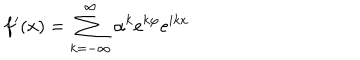
f ^ { \prime } ( x ) = \sum _ { k = - \infty } ^ { \infty } \alpha ^ { k } e ^ { k \varphi } e ^ { i k x }